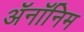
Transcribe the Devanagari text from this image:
ॲनॉनिम